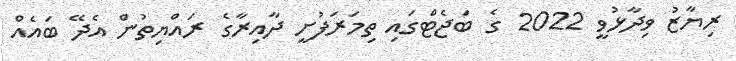
ރިޔާޒު ވިދާޅުވީ 2022 ގެ ބަޖެޓްގައި ތިމަރަފުށީ ދާއިރާގެ ރައްޔިތުން އެދޭ ބައެއް